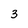
Character: 3